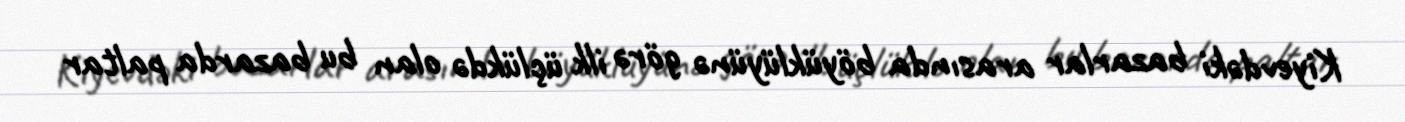
Kiyevdəki bazarlar arasında böyüklüyünə görə ilk üçlükdə olan bu bazarda paltar